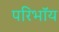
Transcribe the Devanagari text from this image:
परिभाॅय